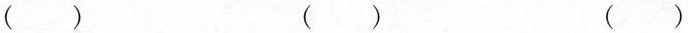
（ ） （ ） （ ）